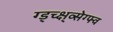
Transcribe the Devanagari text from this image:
ग्ड्च्क्ष्व्सेग्फ्व